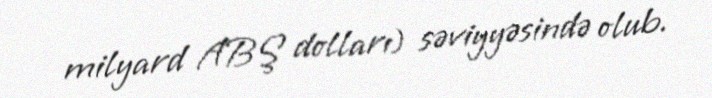
milyard ABŞ dolları) səviyyəsində olub.